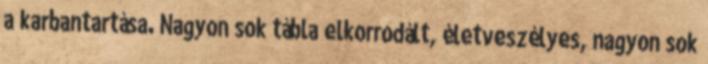
a karbantartása. Nagyon sok tábla elkorrodált, életveszélyes, nagyon sok